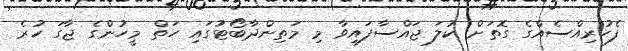
ފެހުރިއްސެއްގެ ގޮތަށް ކުލަ ޖައްސާފައިވާ މި މަތިންދާބޯޓުގައި ހަތް މީހުންގެ ޖާގަ ހުރެ